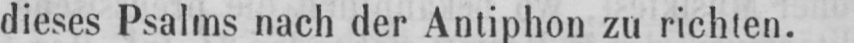
dieses Psalms nach der Antiphon zu richten.